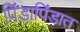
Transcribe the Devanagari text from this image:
पिंडापिंडात